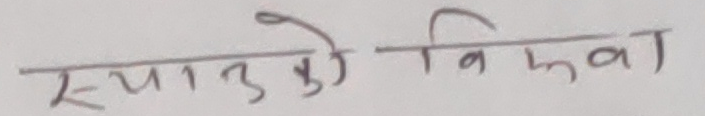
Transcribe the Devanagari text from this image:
स्याउको बिउवा